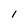
Character: 1